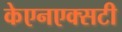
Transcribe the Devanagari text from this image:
केएनएक्सटी